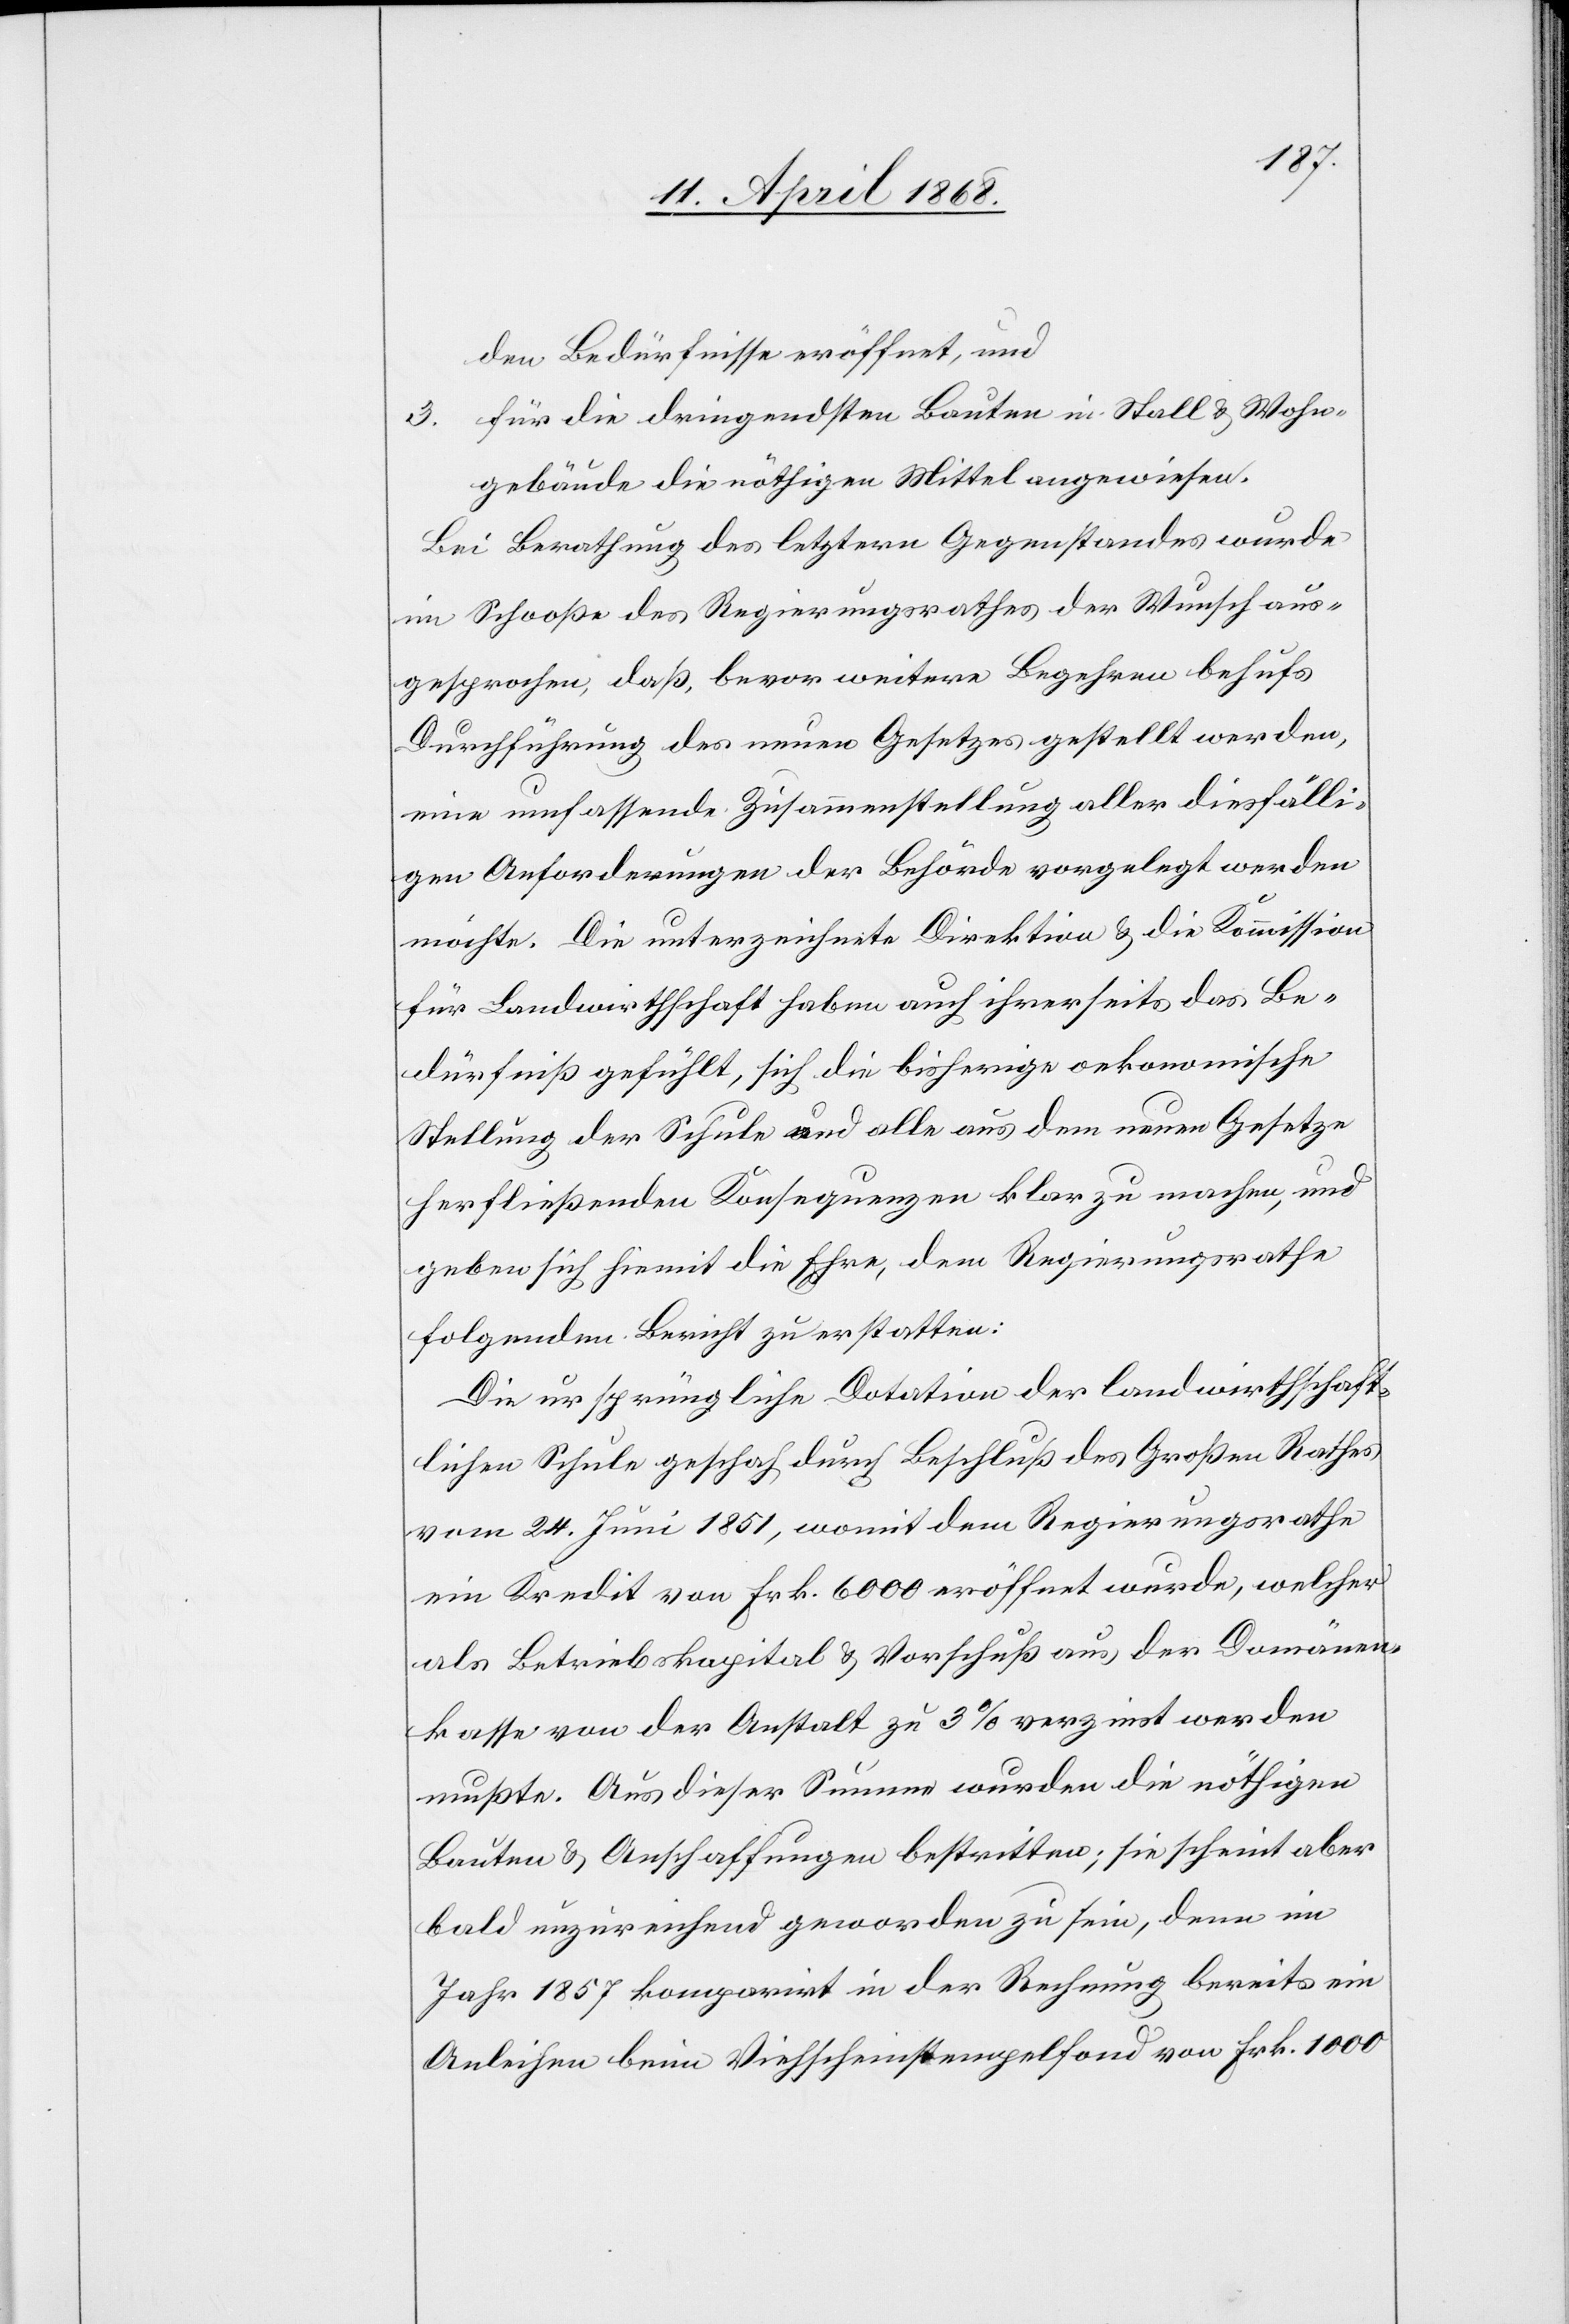
den Bedürfnisse eröffnet, und
für die dringendsten Bauten in Stall & Wohn¬
gebäude die nöthigen Mittel angewiesen.
Bei Berathung des letztern Gegenstandes wurde
im Schooße des Regierungsrathes der Wunsch aus¬
gesprochen, daß, bevor weitere Begehren behufs
Durchführung des neuen Gesetzes gestellt werden,
eine umfassende Zusammenstellung aller diesfälli¬
gen Anforderungen der Behörde vorgelegt werden
möchte. Die unterzeichnete Direktion & die Kommission
für Landwirthschaft haben auch ihrerseits das Be¬
dürfniß gefühlt, sich die bisherige oekonomische
Stellung der Schule und alle aus dem neuen Gesetze
herfließenden Konsequenzen klar zu machen, und
geben sich hiemit die Ehre, dem Regierungsrathe
folgenden Bericht zu erstatten:
Die ursprüngliche Dotation der landwirthschaft¬
lichen Schule geschah durch Beschluß des Großen Rathes
vom 24. Juni 1851, womit dem Regierungsrathe
ein Kredit von Frk. 6000 eröffnet wurde, welcher
als Betriebskapital & Vorschuß aus der Domänen¬
kasse von der Anstalt zu 3% verzinst werden
mußte. Aus dieser Summe wurden die nöthigen
Bauten & Anschaffungen bestritten; sie scheint aber
bald unzureichend geworden zu sein, denn im
Jahr 1857 komparirt in der Rechnung bereits ein
Anleihen beim Viehscheinstempelfond von Frk. 1000